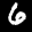
Label: 6